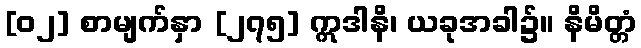
[၀၂] စာမျက်နှာ [၂၇၅] ဣဒါနိ၊ ယခုအခါ၌။ နိမိတ္တံ